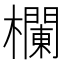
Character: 𣟬